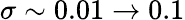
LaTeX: \sigma\sim 0.01\rightarrow 0.1